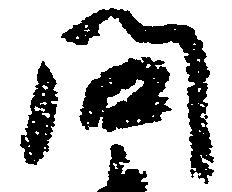
問